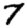
Digit: 7